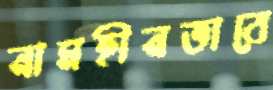
নামহীনভাবে